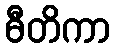
ဓီတိကာ